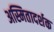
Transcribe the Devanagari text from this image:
अस्मितादर्शक